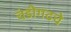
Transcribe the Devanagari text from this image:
चंडीगढचे